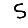
Digit: 5